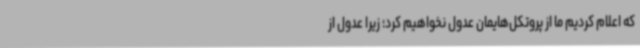
که اعلام کردیم ما از پروتکل‌هایمان عدول نخواهیم کرد؛ زیرا عدول از